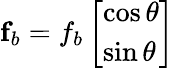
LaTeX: \mathbf{f}_{b}=f_{b}\left[\begin{array}{l}{\cos\theta}\\ {\sin\theta}\end{array}\right]